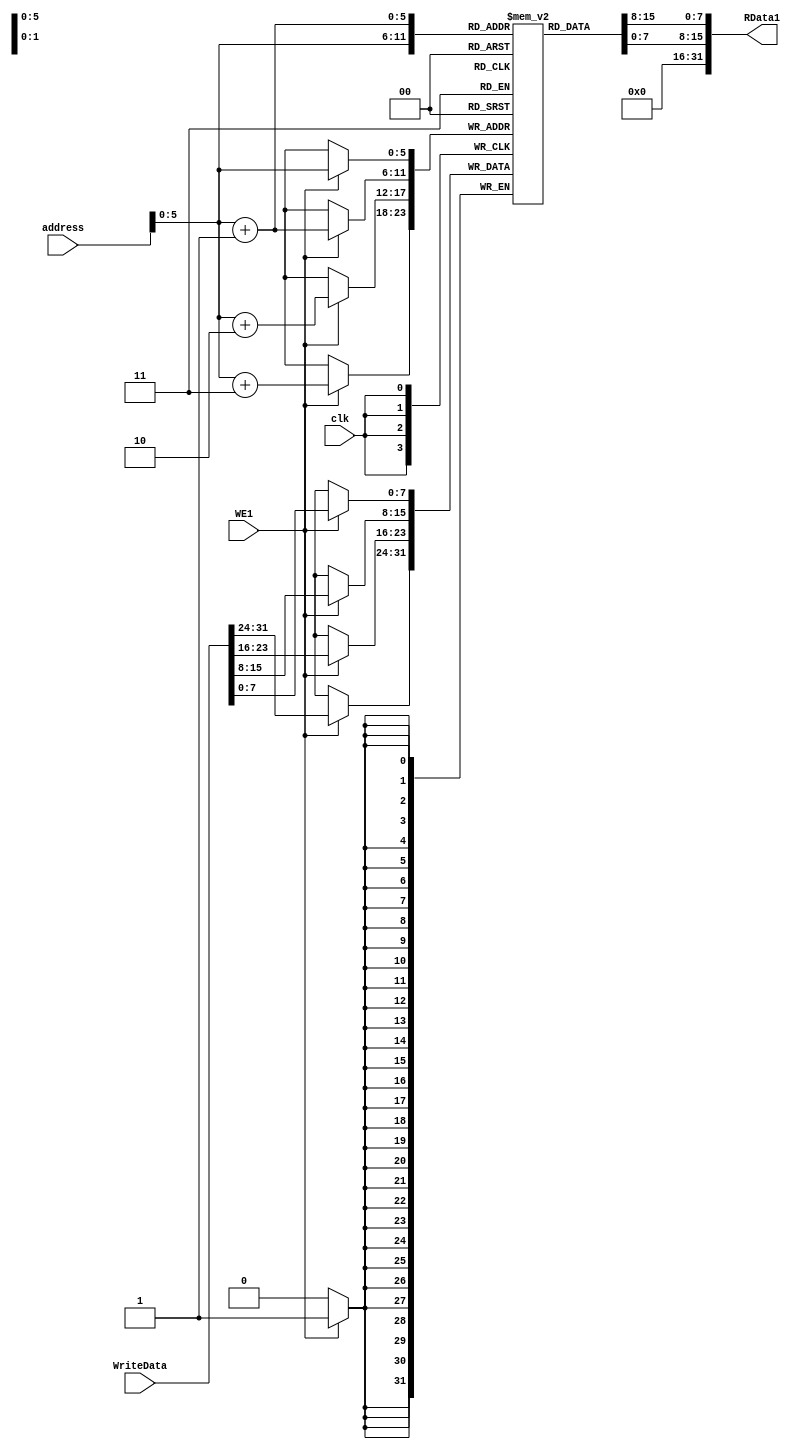
module Memory_IO # (parameter Width = 32)(
    input clk, WE1,
    input [Width-1:0] WriteData, address,
    output reg [Width-1:0] RData1
);
    reg [7:0] mem[63:0];
    integer i;
    initial begin
        for (i=0; i<32; i=i+1)
            mem[i] = i;
        
      
    end
        assign RData1 = { 8'b00000000, 8'b00000000, mem[address+1], mem[address]};
   

    always @(posedge clk) begin
        if (WE1) begin
          {mem[address+3], mem[address+2], mem[address+1], mem[address]} = WriteData;
     
        end
    end

endmodule